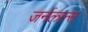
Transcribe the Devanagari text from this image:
जर्नलल्स